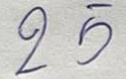
25